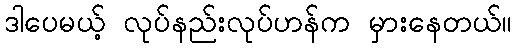
ဒါပေမယ့် လုပ်နည်းလုပ်ဟန်က မှားနေတယ်။